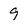
Character: 9